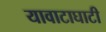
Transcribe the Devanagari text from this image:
यावाटाघाटी